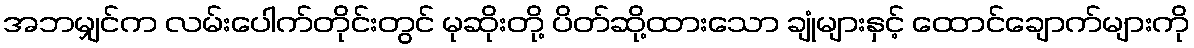
အဘမျှင်က လမ်းပေါက်တိုင်းတွင် မုဆိုးတို့ ပိတ်ဆို့ထားသော ချုံများနှင့် ထောင်ချောက်များကို